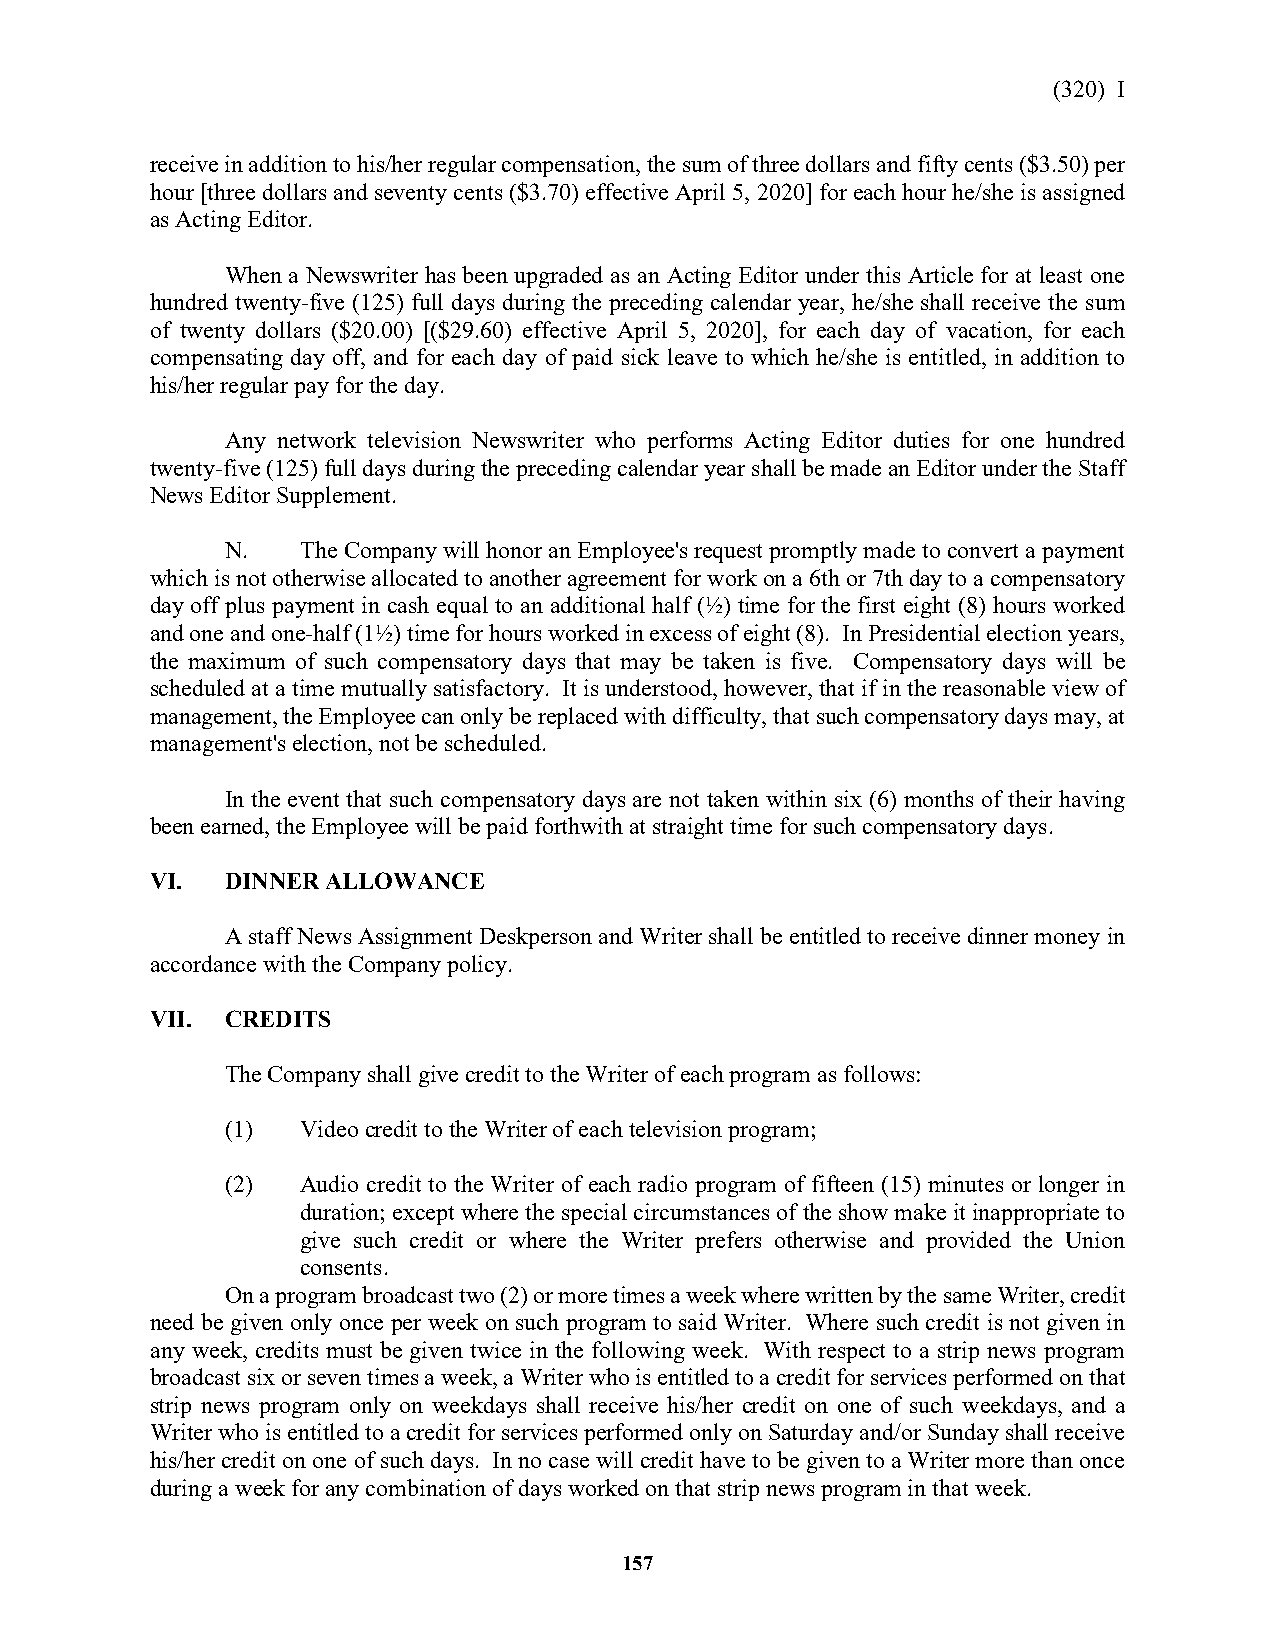
(320) I
 receive in addition to his/her regular compensation, the sum of three dollars and fifty cents ($3.50) per
 hour [three dollars and seventy cents ($3.70) effective April 5, 2020] for each hour he/she is assigned
 as Acting Editor.
 When a Newswriter has been upgraded as an Acting Editor under this Article for at least one
 hundred twenty-five (125) full days during the preceding calendar year, he/she shall receive the sum
 of twenty dollars ($20.00) [($29.60) effective April 5, 2020], for each day of vacation, for each
 compensating day off, and for each day of paid sick leave to which he/she is entitled, in addition to
 his/her regular pay for the day.
 Any network television Newswriter who performs Acting Editor duties for one hundred
 twenty-five (125) full days during the preceding calendar year shall be made an Editor under the Staff
 News Editor Supplement.
 N.   The Company will honor an Employee's request promptly made to convert a payment
 which is not otherwise allocated to another agreement for work on a 6th or 7th day to a compensatory
 day off plus payment in cash equal to an additional half (½) time for the first eight (8) hours worked
 and one and one-half (1½) time for hours worked in excess of eight (8). In Presidential election years,
 the maximum of such compensatory days that may be taken is five. Compensatory days will be
 scheduled at a time mutually satisfactory. It is understood, however, that if in the reasonable view of
 management, the Employee can only be replaced with difficulty, that such compensatory days may, at
 management's election, not be scheduled.
 In the event that such compensatory days are not taken within six (6) months of their having
 been earned, the Employee will be paid forthwith at straight time for such compensatory days.
 VI.  DINNER ALLOWANCE
 A staff News Assignment Deskperson and Writer shall be entitled to receive dinner money in
 accordance with the Company policy.
 VII. CREDITS
 The Company shall give credit to the Writer of each program as follows:
 (1)  Video credit to the Writer of each television program;
 (2)  Audio credit to the Writer of each radio program of fifteen (15) minutes or longer in
 duration; except where the special circumstances of the show make it inappropriate to
 give such credit or where the Writer prefers otherwise and provided the Union
 consents.
 On a program broadcast two (2) or more times a week where written by the same Writer, credit
 need be given only once per week on such program to said Writer. Where such credit is not given in
 any week, credits must be given twice in the following week. With respect to a strip news program
 broadcast six or seven times a week, a Writer who is entitled to a credit for services performed on that
 strip news program only on weekdays shall receive his/her credit on one of such weekdays, and a
 Writer who is entitled to a credit for services performed only on Saturday and/or Sunday shall receive
 his/her credit on one of such days. In no case will credit have to be given to a Writer more than once
 during a week for any combination of days worked on that strip news program in that week.
 157